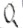
Text: Q